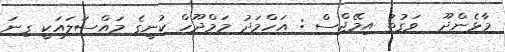
މާޅެންދޫ  ވަގުތު އިމޭޖްސް : އަހްމަދު މަމްދޫހް ކުނީގެ މައްސަލައަކީ ގިނަ